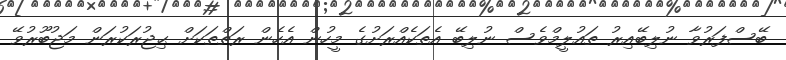
ބޭސްފަރުވާ ނުލިބޭއިރު ތައުލީމްވެސް ނުލިބޭ އެތަކެއްރަށުގެ މީހުން އެހެން ރަތްތަކަށް ޙިޖުރަކުރަން މަޖުބޫރުވޭ